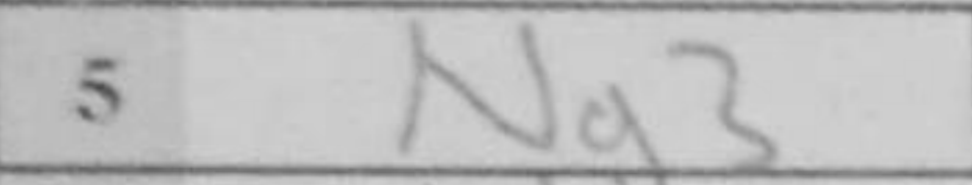
Transcription: Ng3